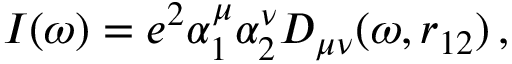
\begin{array} { r } { I ( \omega ) = e ^ { 2 } \alpha _ { 1 } ^ { \mu } \alpha _ { 2 } ^ { \nu } D _ { \mu \nu } ( \omega , r _ { 1 2 } ) \, , } \end{array}